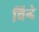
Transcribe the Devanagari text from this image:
चिन्दे